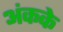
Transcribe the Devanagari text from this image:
अंकके